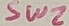
Text: SW2